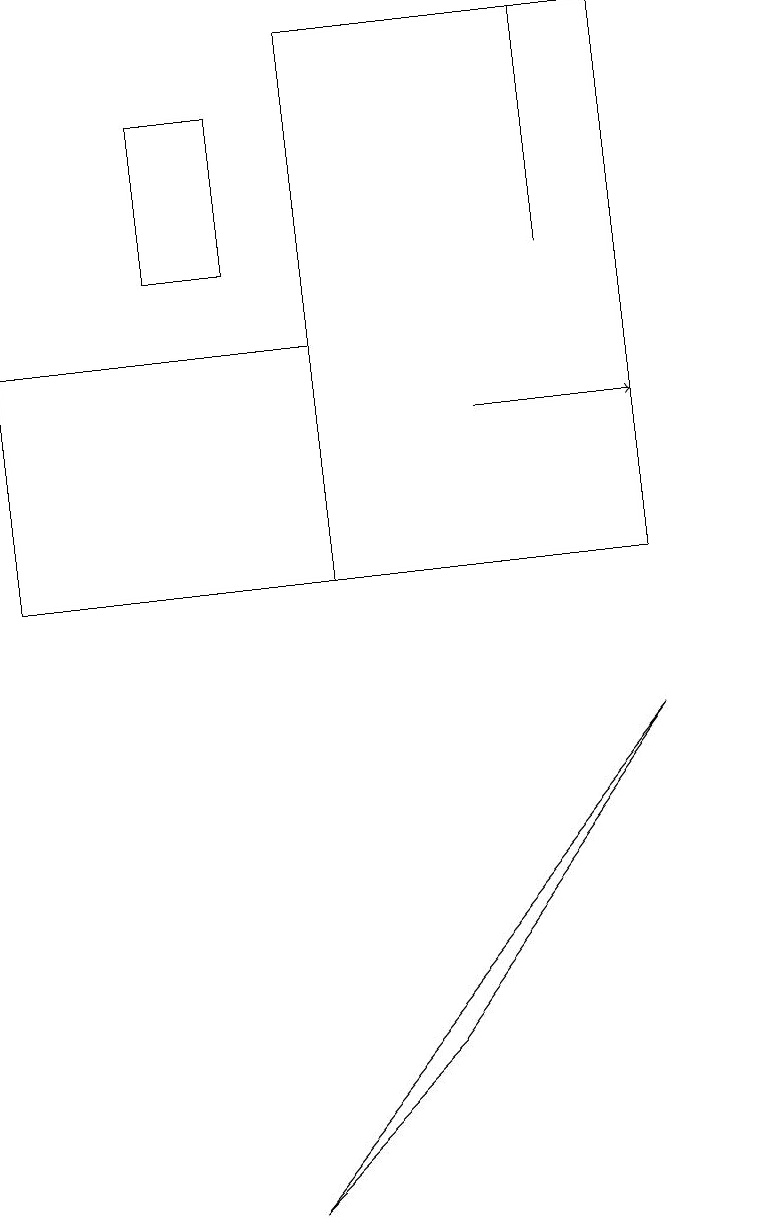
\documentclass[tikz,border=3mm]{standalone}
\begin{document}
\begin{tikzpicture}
\draw (9,13) rectangle (9,13);
\draw (7,15) rectangle (7,18);
\draw (0,11) rectangle (4,14);
\draw (8,9) -- (3,3) -- (5,5) -- cycle;
\draw (4,11) rectangle (8,18);
\draw[->] (6,13) -- (8,13);
\draw (3,15) rectangle (2,17);
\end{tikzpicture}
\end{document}